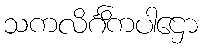
သကလိင်္ဂိကပါဌော